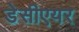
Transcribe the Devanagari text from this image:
डेसीएयर